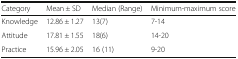
| Category | Mean ± SD | Median (Range) | Minimum-maximum score |
 | --- | --- | --- | --- |
 | Knowledge | 12.86 ± 1.27 | 13(7) | 7-14 |
 | Attitude | 17.81 ± 1.55 | 18(6) | 14-20 |
 | Practice | 15.96 ± 2.05 | 16 (11) | 9-20 |